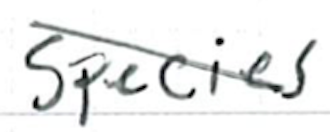
Text: species
Cross-out: diagonal
Writing tool: ballpoint